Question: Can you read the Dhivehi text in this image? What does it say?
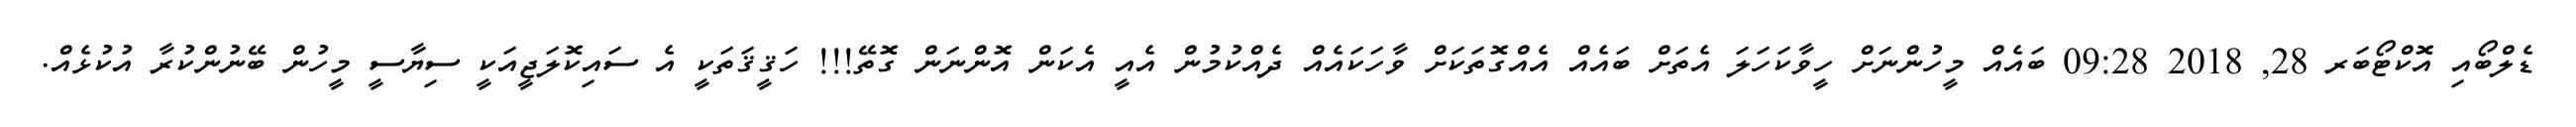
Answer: ޑެލްބޯއި އޮކްޓޯބަރ 28, 2018 09:28 ބައެއް މީހުންނަށް ހީވާކަހަލަ އެތަށް ބައެއް އެއްގޮތަކަށް ވާހަކައެއް ދެއްކުމުން އެއީ އެކަން އޮންނަން ގޮތޭ!!! ހަޤީޤަތަކީ އެ ސައިކޮލަޖީއަކީ ސިޔާސީ މީހުން ބޭނުންކުރާ އުކުޅެއް.